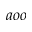
a o o